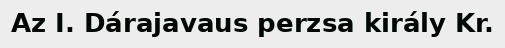
Az I. Dárajavaus perzsa király Kr.